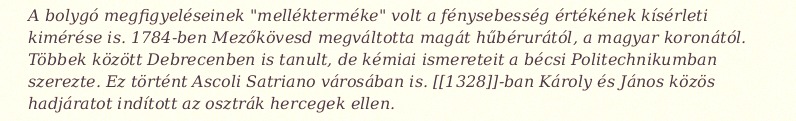
A bolygó megfigyeléseinek "mellékterméke" volt a fénysebesség értékének kísérleti kimérése is. 1784-ben Mezőkövesd megváltotta magát hűbérurától, a magyar koronától. Többek között Debrecenben is tanult, de kémiai ismereteit a bécsi Politechnikumban szerezte. Ez történt Ascoli Satriano városában is. [[1328]]-ban Károly és János közös hadjáratot indított az osztrák hercegek ellen.